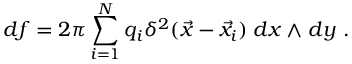
d f = 2 \pi \sum _ { i = 1 } ^ { N } q _ { i } \delta ^ { 2 } ( \vec { x } - \vec { x } _ { i } ) \; d x \wedge d y ~ .